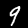
Label: 9